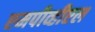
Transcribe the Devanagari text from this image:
एमपीव्हीएल